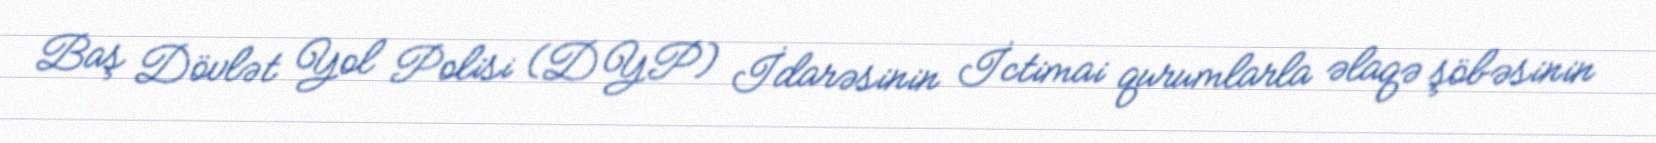
Baş Dövlət Yol Polisi (DYP) İdarəsinin İctimai qurumlarla əlaqə şöbəsinin